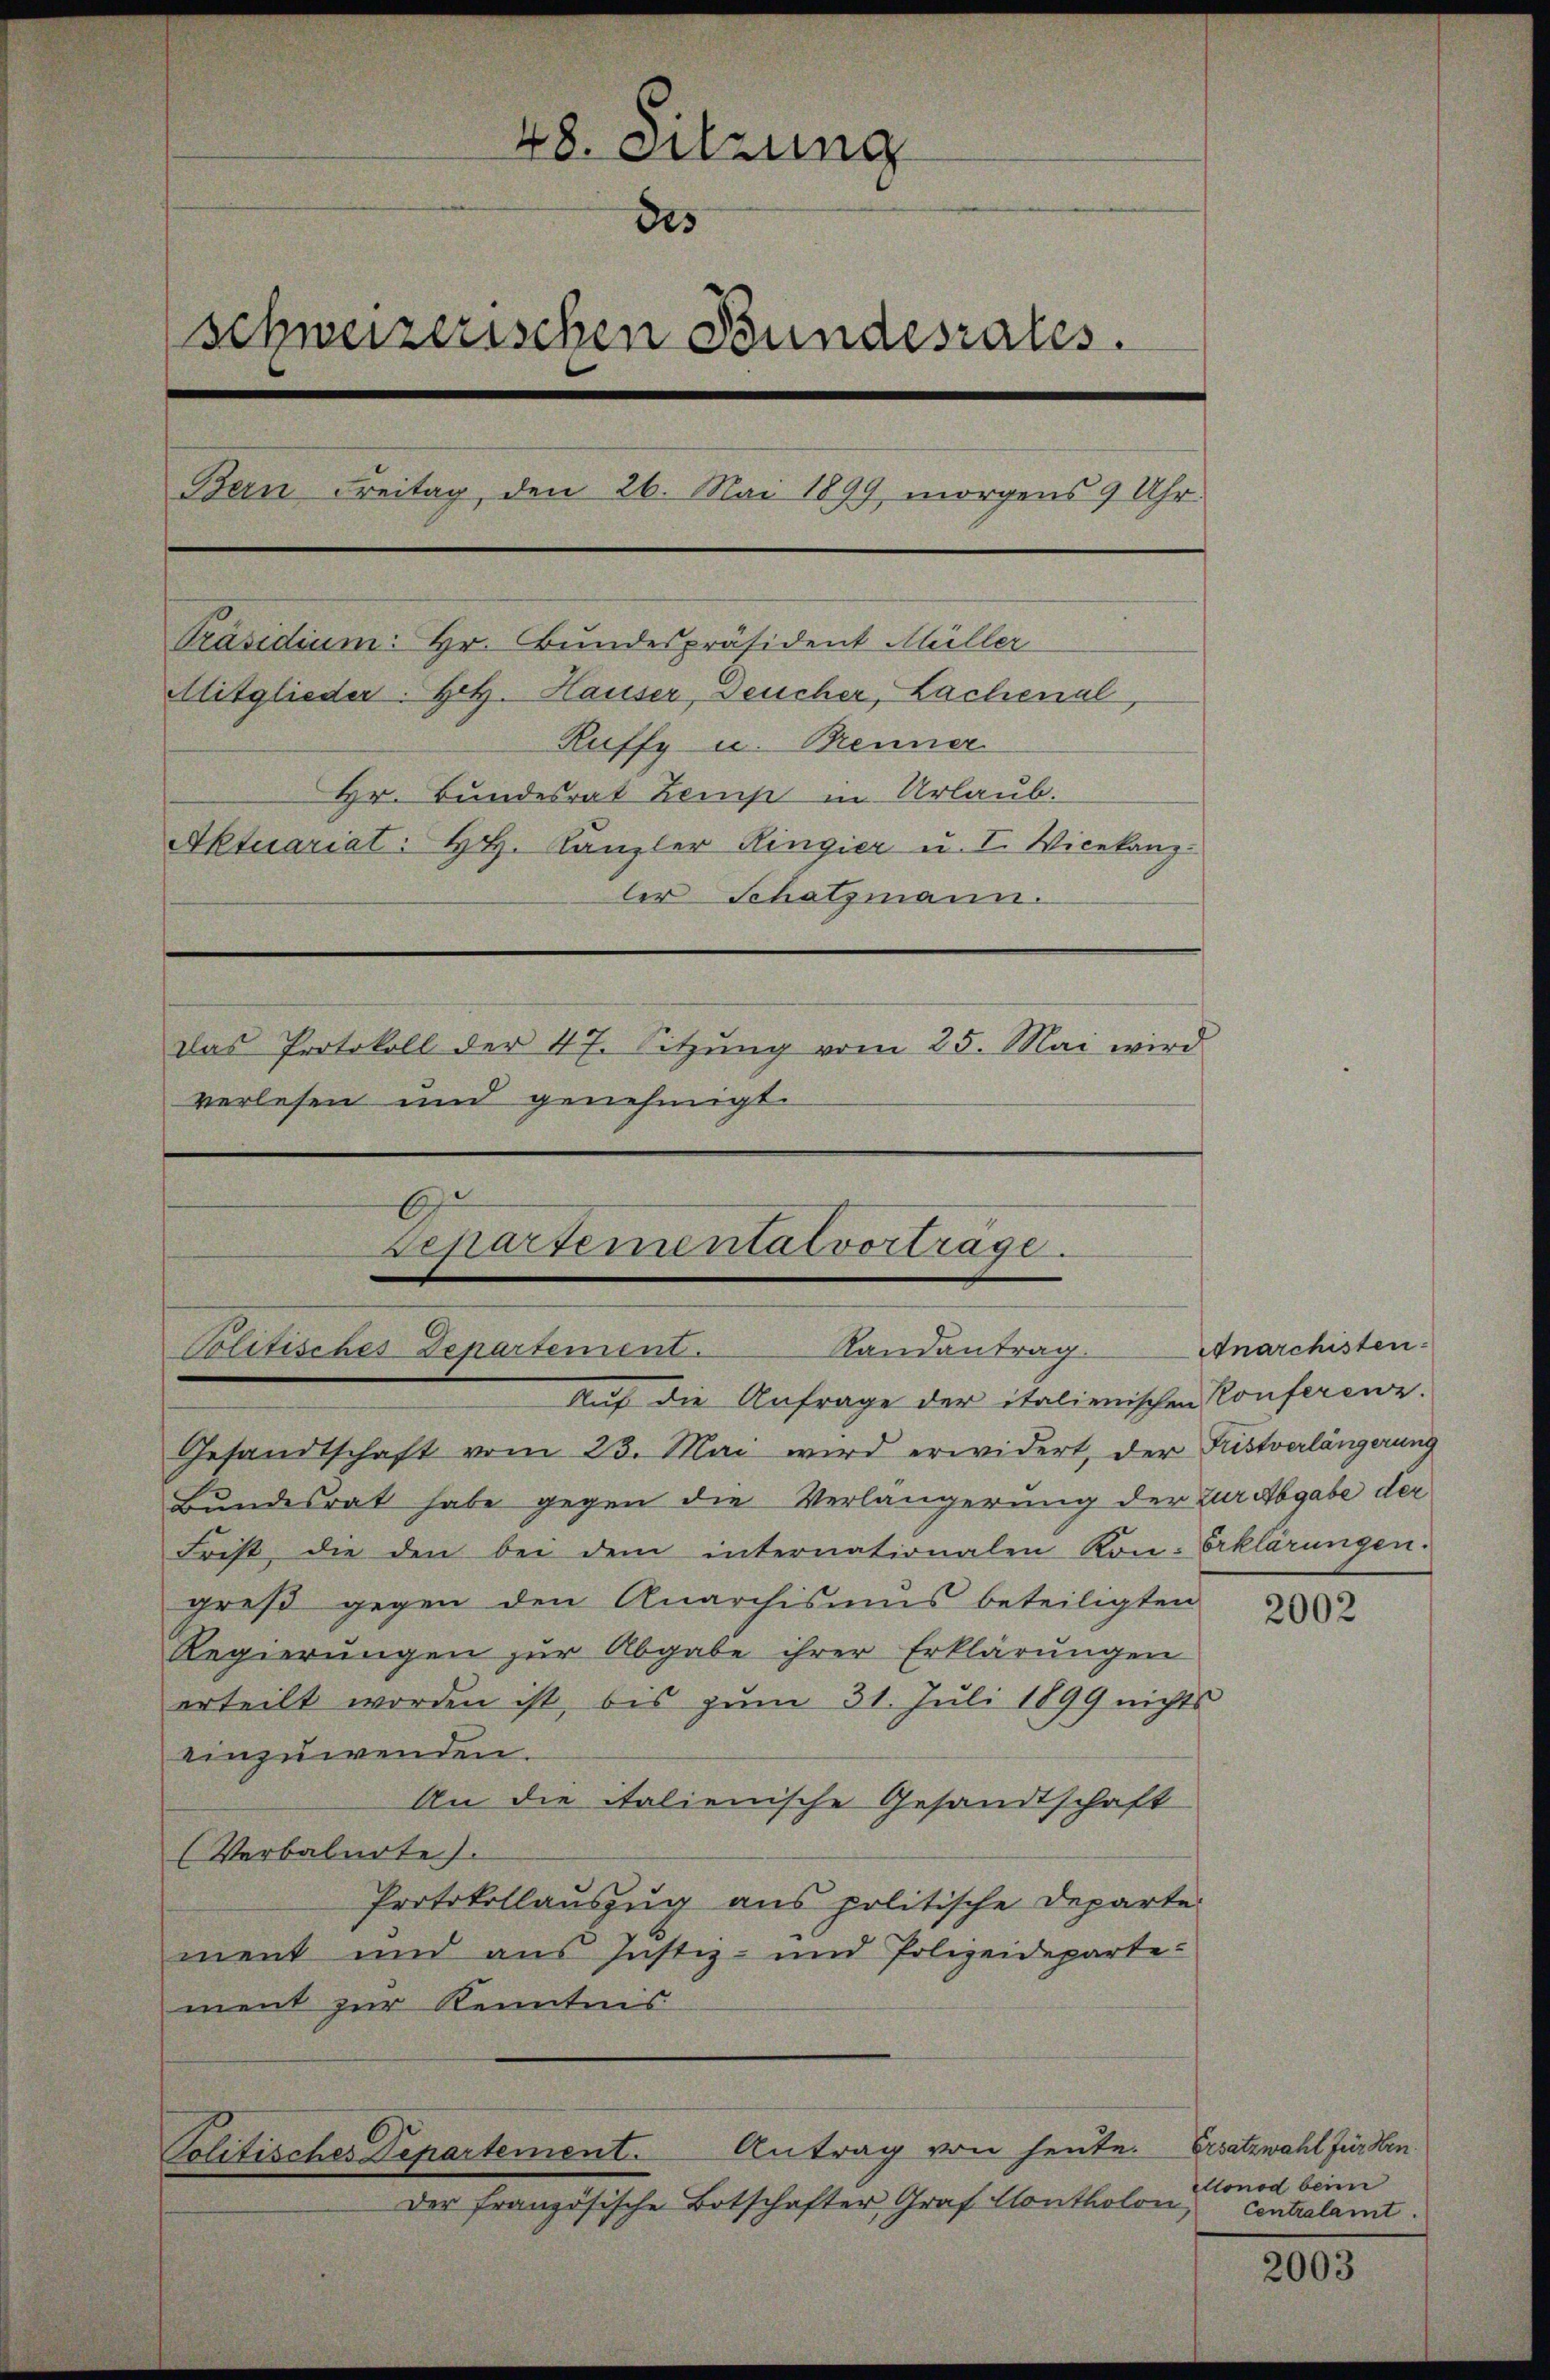
48. Sitzung
des
schweizerischen Bundesrates.
Bern Freitag, den 26. Mai 1899, morgens 9 Uhr
Präsidium: Hr. Bundespräsident Müller
Mitglieder Hetz. Hauser, Feucher, Lachenal,
Ruffy u. Brenner
Hr. Bundesrat Zemp in Urlaub.
Aktuariat: Hr. Kanzler Ringier u. I. Vicekanz
ler Schatzmann.
das Protokoll der 47. Sitzŭng vom 25. Mai wird
verlesen und genehmigt.

Separtemental vortrage.
Politisches Departement. Landantrag. Anarchisten

Auf die Anfrage der italienischen Konferenz.
Gesandtschaft vom 23. Mai wird erwidert, der Fustverlängerung
Bundesrat habe gegen die Verlängerung der zur Abgabe der
Frist, die den bei dem internationalen Kon-Erklärungen.
greß gegen den Anarchisums beteiligten
Regierungen zur Abgabe ihrer Erklärungen
erteilt worden ist, bis zum 31. Juli 1899 nichts
einzuwenden.
An die italienische Gesandtschaft
(Verbalurte).
Protokollauszug aus politische Departe
ment und aus Justiz- und Polizeidepartement zur Kenntnis
Antrag von heute. Ersatzwahl für Hen
Politisches Departement.
Der französische Botschafter, Graf Contholon

2002

donod beim
Centralamt.

2003